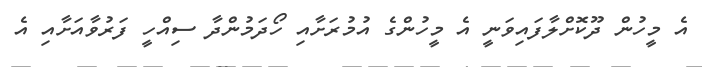
އެ މީހުން ދޫކޮށްލާފައިވަނީ އެ މީހުންގެ އުމުރަށާއި ހޯދަމުންދާ ސިއްހީ ފަރުވާއަށާއި އެ